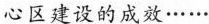
心区建设的成效……